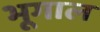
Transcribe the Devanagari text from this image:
भूगाल